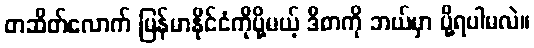
တဆိတ်လောက် မြန်မာနိုင်ငံကိုပို့မယ့် ဒီစာကို ဘယ်မှာ ပို့ရပါမလဲ။